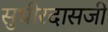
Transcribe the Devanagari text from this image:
सुधीरदासजी